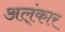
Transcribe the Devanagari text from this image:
अल्ंकार